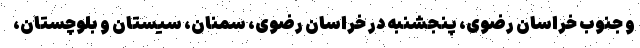
و جنوب خراسان رضوی، پنجشنبه در خراسان رضوی، سمنان، سیستان و بلوچستان،